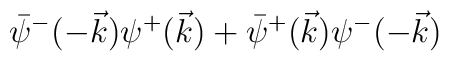
\bar\psi^-(-\vec k)\psi^+(\vec k)+\bar\psi^+(\vec k)\psi^-(-\vec k)